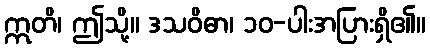
ဣတိ၊ ဤသို့။ ဒသဝိဓာ၊ ၁၀-ပါးအပြားရှိ၏။